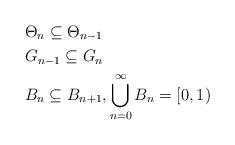
LaTeX: \begin{align*}&\Theta_{n} \subseteq \Theta_{n-1} \\&G_{n-1} \subseteq G_n \\&B_n \subseteq B_{n+1}, \bigcup \limits_{n = 0}^\infty B_n = [0,1)\end{align*}